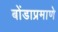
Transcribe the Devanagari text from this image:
बोंडाप्रमाणे